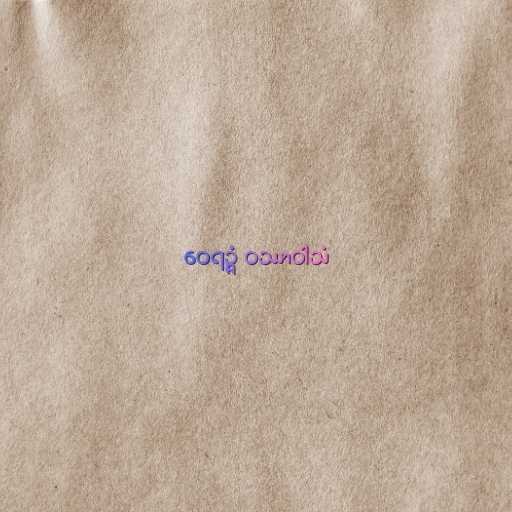
ဝေရဉ္ဇံ ဝဿာဝါသံ